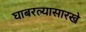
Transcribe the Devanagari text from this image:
घाबरल्यासारखे